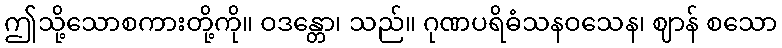
ဤသို့သောစကားတို့ကို။ ဝဒန္တော၊ သည်။ ဂုဏပရိဓံသနဝသေန၊ ဈာန် စသော